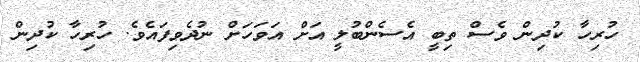
ހުރިހާ ކުދިން ވެސް ތިބީ އެސެންބުލީީ އަށް އަވަހަށް ނުދެވިފައެވެ. ހުރިހާ ކުދިން